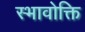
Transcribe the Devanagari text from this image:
स्भावोक्ति